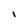
Character: I